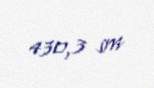
430,3 sm